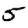
Digit: 5